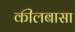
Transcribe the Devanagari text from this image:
कीलबासा